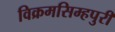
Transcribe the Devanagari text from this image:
विक्रमसिम्‍हपुरी